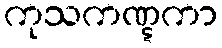
ကုသကဏ္ဋကာ